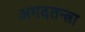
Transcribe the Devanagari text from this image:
अगदतन्त्रा